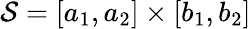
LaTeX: \mathcal{S}=[a_{1},a_{2}]\times[b_{1},b_{2}]